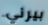
بيرني